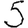
Digit: 5